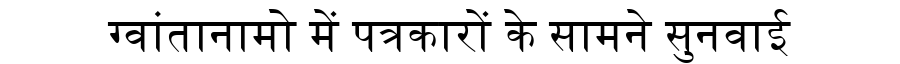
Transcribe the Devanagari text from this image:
ग्वांतानामो में पत्रकारों के सामने सुनवाई